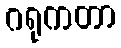
ဂရုကတာ